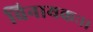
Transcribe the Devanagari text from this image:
विनायकः।।